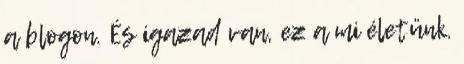
a blogon. És igazad van, ez a mi életünk.